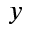
y